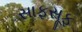
સાફસૂફ